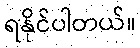
ရနိုင်ပါတယ်။